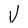
Character: V